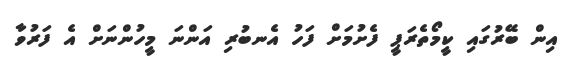
އިން ބޭރުގައި ކީމޯތެރަޕީ ފެށުމަށް ފަހު އެނބުރި އަންނަ މީހުންނަށް އެ ފަރުވާ